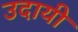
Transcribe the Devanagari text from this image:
उदायी